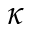
\kappa